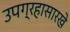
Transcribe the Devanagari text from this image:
उपग्रहासारखे